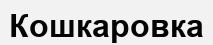
Кошкаровка